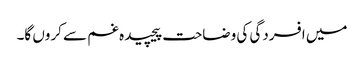
میں افسردگی کی وضاحت پیچیدہ غم سے کروں گا۔